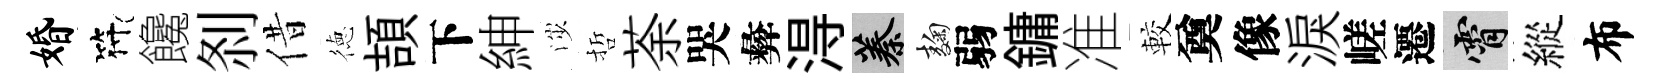
婚符饞𠛴借徳頡下紳渉哲荼哭彜淂蓁麹弱鏞准較奠像淚嵯遷霄縱布